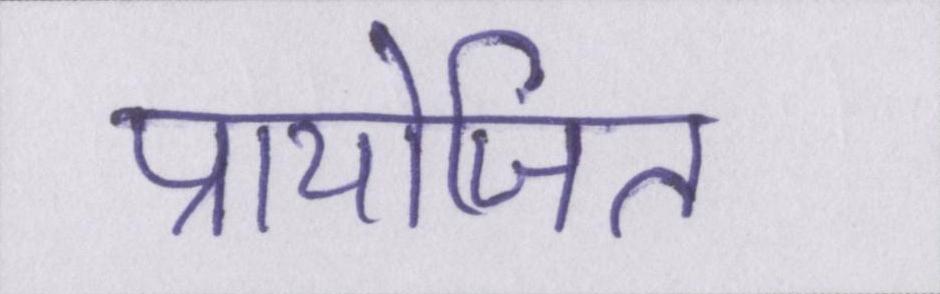
प्रायोजित